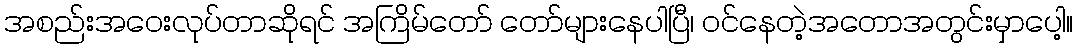
အစည်းအဝေးလုပ်တာဆိုရင် အကြိမ်တော် တော်များနေပါပြီ၊ ဝင်နေတဲ့အတောအတွင်းမှာပေါ့။